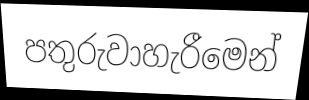
පතුරුවාහැරීමෙන්